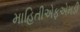
માહિતીએફએમડી